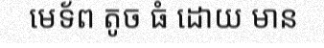
មេទ័ព តូច ធំ ដោយ មាន